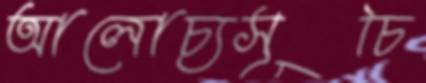
আলোচ্যসূচি